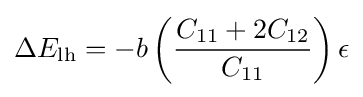
\Delta E_{\text{lh}}=-b\left({\frac {C_{11}+2C_{12}}{C_{11}}}\right)\epsilon